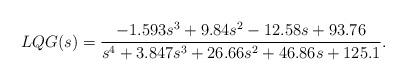
LaTeX: \begin{align*} LQG(s)=\frac{ -1.593 s^3 + 9.84 s^2 - 12.58 s + 93.76}{s^4 + 3.847 s^3 + 26.66 s^2 + 46.86 s + 125.1}. \end{align*}